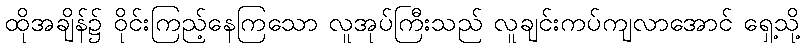
ထိုအချိန်၌ ဝိုင်းကြည့်နေကြသော လူအုပ်ကြီးသည် လူချင်းကပ်ကျလာအောင် ရှေ့သို့